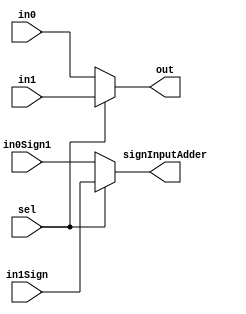
module Mux( in0Sign1, in1Sign, in0,in1,sel,out,signInputAdder);
input [22:0] in0,in1;
input in0Sign1,in1Sign;
input sel;
output [22:0]out;
output signInputAdder;
assign out=(sel)?in1:in0;
assign signInputAdder=(sel)?in1Sign:in0Sign1;

endmodule